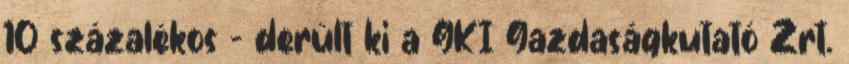
10 százalékos - derült ki a GKI Gazdaságkutató Zrt.